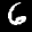
Label: 6